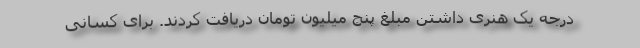
درجه یک هنری داشتن مبلغ پنج میلیون تومان دریافت کردند. برای کسانی